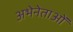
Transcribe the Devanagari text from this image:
अभेनेताओं